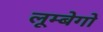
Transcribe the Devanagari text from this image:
लूम्बेगो